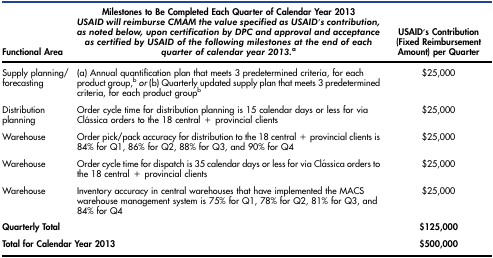
<table><thead><tr><td><b>Functional Area</b></td><td><b>Milestones to Be Completed Each Quarter of Calendar Year 2013 <i>USAID will reimburse CMAM the value specified as USAID’s contribution, as noted below, upon certification by DPC and approval and acceptance as certified by USAID of the following milestones at the end of each quarter of calendar year 2013.</i>a</b></td><td><b>USAID’s Contribution (Fixed Reimbursement Amount) per Quarter</b></td></tr></thead><tbody><tr><td>Supply planning/ forecasting</td><td>(a) Annual quantification plan that meets 3 predetermined criteria, for each product group,<sup>b</sup><i>or</i> (b) Quarterly updated supply plan that meets 3 predetermined criteria, for each product groupb</td><td>$25,000</td></tr><tr><td>Distribution planning</td><td>Order cycle time for distribution planning is 15 calendar days or less for via Clássica orders to the 18 central + provincial clients</td><td>$25,000</td></tr><tr><td>Warehouse</td><td>Order pick/pack accuracy for distribution to the 18 central + provincial clients is 84% for Q1, 86% for Q2, 88% for Q3, and 90% for Q4</td><td>$25,000</td></tr><tr><td>Warehouse</td><td>Order cycle time for dispatch is 35 calendar days or less for via Clássica orders to the 18 central + provincial clients</td><td>$25,000</td></tr><tr><td>Warehouse</td><td>Inventory accuracy in central warehouses that have implemented the MACS warehouse management system is 75% for Q1, 78% for Q2, 81% for Q3, and 84% for Q4</td><td>$25,000</td></tr><tr><td colspan="2"><b>Quarterly Total</b></td><td><b>$125,000</b></td></tr><tr><td colspan="2"><b>Total for Calendar Year 2013</b></td><td><b>$500,000</b></td></tr></tbody></table>